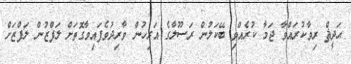
ޙަދީޘް ރިވާކުރައްވާ ޖަމާ ކުރެއްވި ބޭކަލުން ރަސޫލާގެ އަރިހުން ވާރިދުވެފައިވާގޮތަށް ލަފްޒުން ލަފްޒަށް